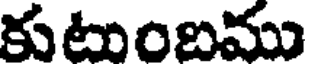
కుటుంబము